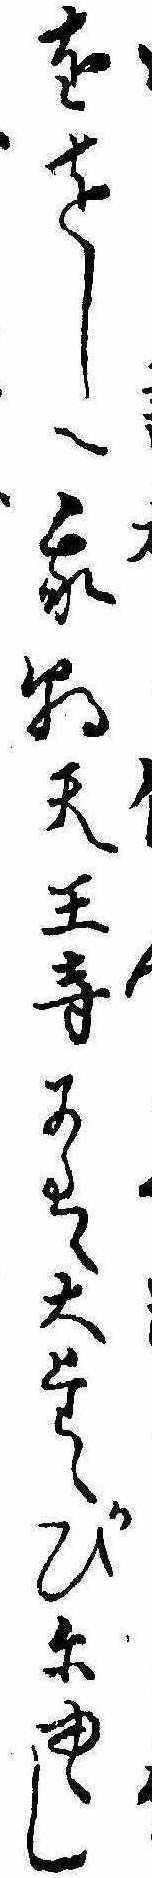
ををしへ我朝天王寺には大たゝかひにゆゝし